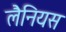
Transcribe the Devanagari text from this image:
लैनियस